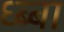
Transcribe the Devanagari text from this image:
ध्ब्बा